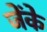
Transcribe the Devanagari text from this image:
जेंके